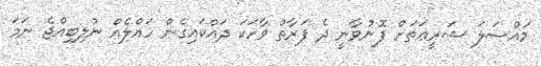
މައްސަލަ ޝަރީޢަތަށް ފޮނުވާނީ ދެ ފަރާތް ވާހަކަ ދައްކައިގެން ހައްލެއް ނުލިބިއްޖެ ނަމަ